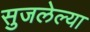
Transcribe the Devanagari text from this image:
सुजलेल्या